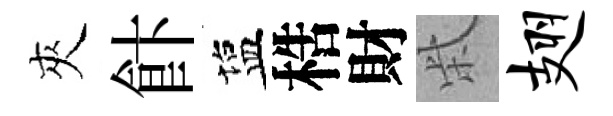
夾飰塩梏財柴翅